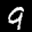
Label: 9